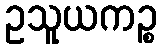
ဥသူယကဉ္စ